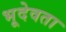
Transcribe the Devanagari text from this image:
भूदेवता